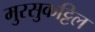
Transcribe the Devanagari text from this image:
मुरसुकट्टिल